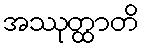
အဿုတ္ထာတိ